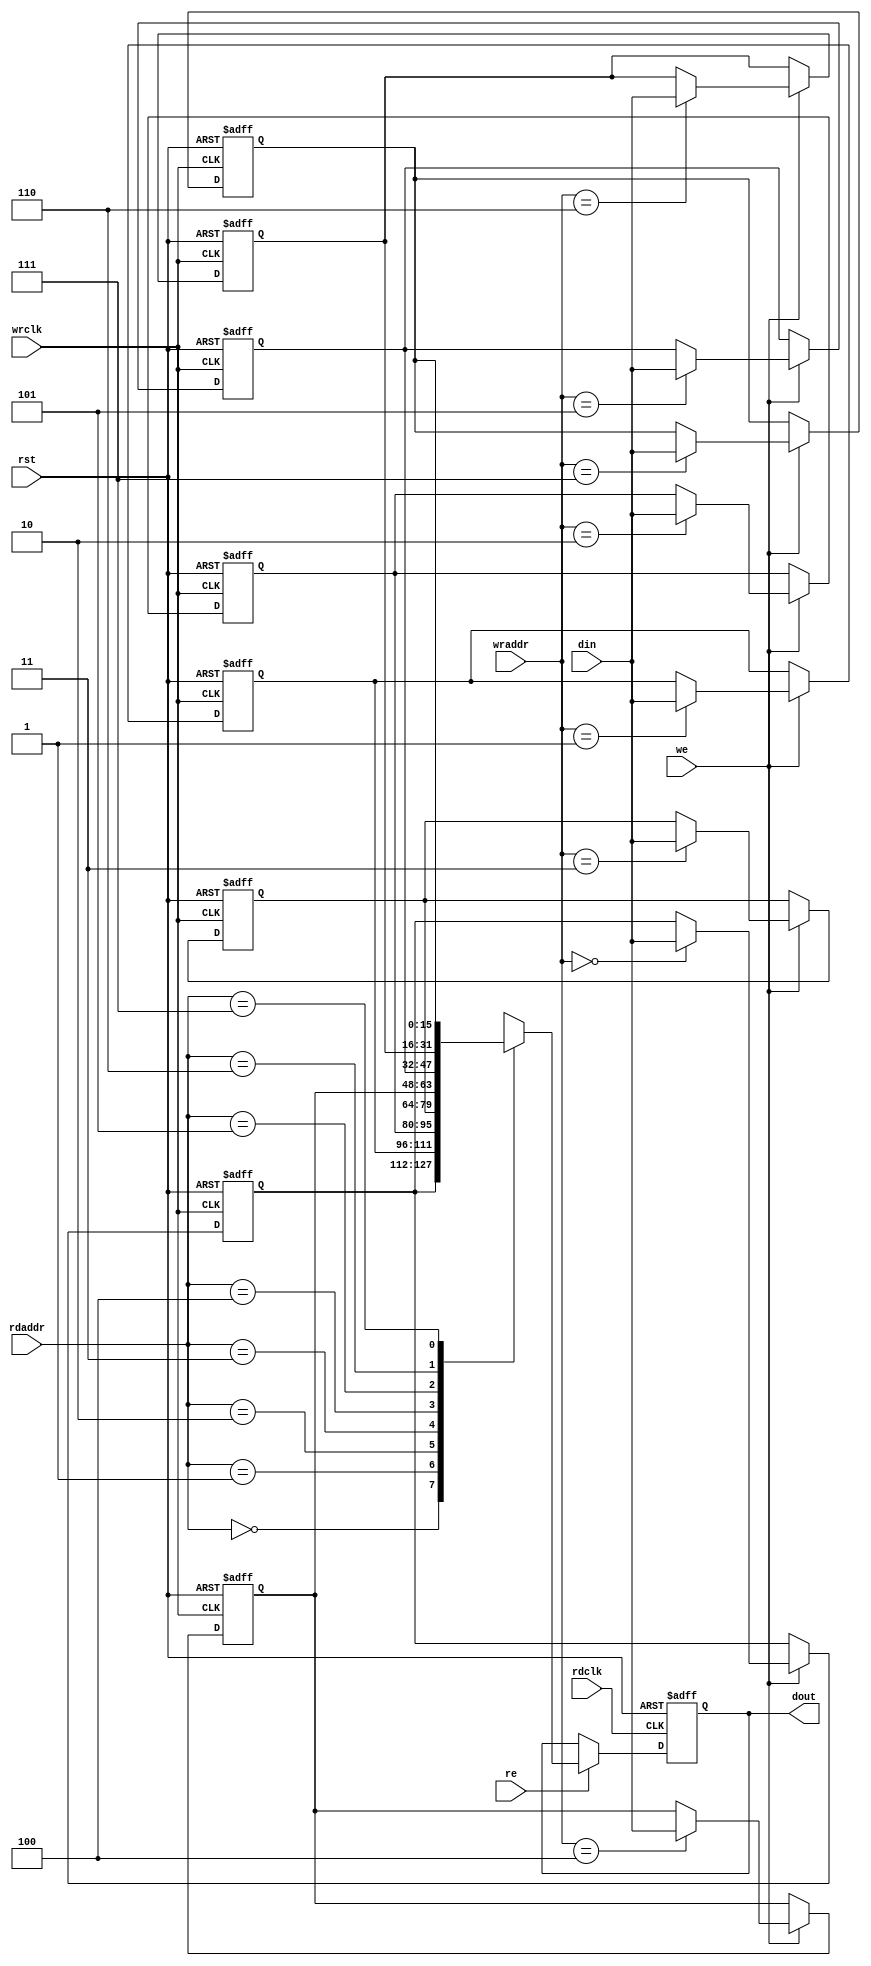
//Asynchronous 8*16 Dualport RAM
//8--->DEPTH
//16-->WIDTH

module asynchronous_dual_port_8x16_ram(dout,din,wraddr,rdaddr,rdclk,wrclk,rst,we,re);
parameter width=16,depth=8,address=3;
input rst,we,re;
input rdclk,wrclk;
input [address-1:0]wraddr,rdaddr;
input [width-1:0]din;
output reg [width-1:0]dout;
reg [width-1:0]mem[depth-1:0];
integer x;
always @(posedge wrclk or posedge rst)
    begin
        if(rst)
            begin
                for(x=0;x<8;x=x+1)
                    begin
                        mem[x] <= 0;
                    end
            end
        else if(we)
            begin
                mem[wraddr] <= din;
            end
    end

always @(posedge rdclk or posedge rst)
    begin
        if(rst)
            begin
                dout <= 16'h0000;
            end
        else if(re)
            begin
                dout <= mem[rdaddr];
            end
    end

endmodule